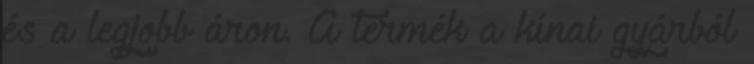
és a legjobb áron. A termék a kínai gyárból